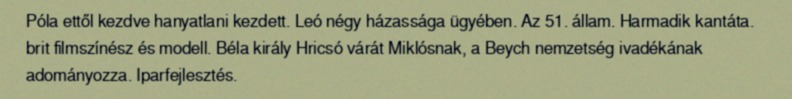
Póla ettől kezdve hanyatlani kezdett. Leó négy házassága ügyében. Az 51. állam. Harmadik kantáta. brit filmszínész és modell. Béla király Hricsó várát Miklósnak, a Beych nemzetség ivadékának adományozza. Iparfejlesztés.